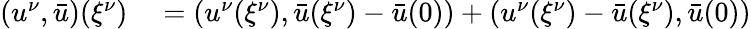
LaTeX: \begin{array}{rl}{(u^{\nu},\bar{u})({\xi^{\nu}})}&{{}=(u^{\nu}({\xi^{\nu}}),\bar{u}({\xi^{\nu}})-\bar{u}(0))+(u^{\nu}({\xi^{\nu}})-\bar{u}({\xi^{\nu}}),\bar{u}(0))}\end{array}